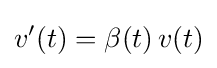
v'(t)=\beta (t)\,v(t)